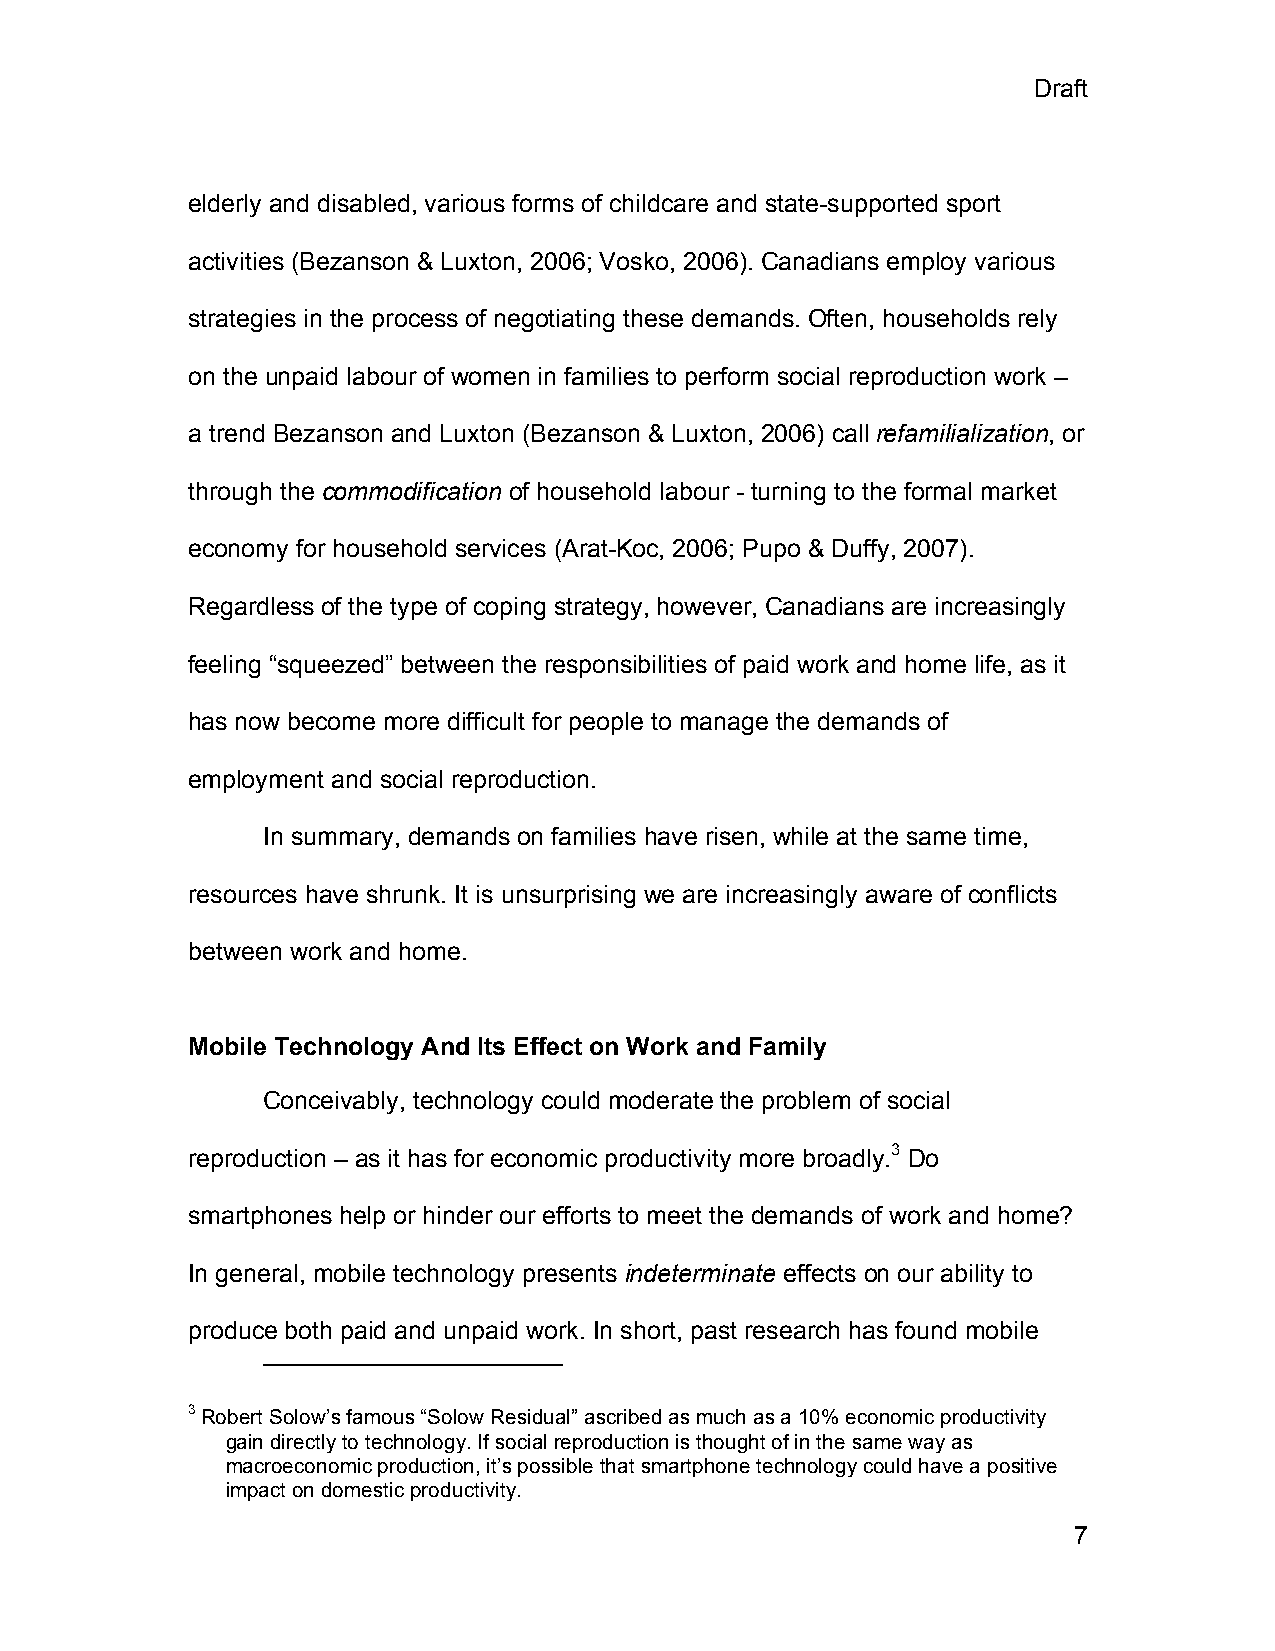
Draft
 elderly and disabled, various forms of childcare and state-supported sport
 activities (Bezanson & Luxton, 2006; Vosko, 2006). Canadians employ various
 strategies in the process of negotiating these demands. Often, households rely
 on the unpaid labour of women in families to perform social reproduction work –
 a trend Bezanson and Luxton (Bezanson & Luxton, 2006) call refamilialization, or
 through the commodification of household labour - turning to the formal market
 economy for household services (Arat-Koc, 2006; Pupo & Duffy, 2007).
 Regardless of the type of coping strategy, however, Canadians are increasingly
 feeling “squeezed” between the responsibilities of paid work and home life, as it
 has now become more difficult for people to manage the demands of
 employment and social reproduction.
 In summary, demands on families have risen, while at the same time,
 resources have shrunk. It is unsurprising we are increasingly aware of conflicts
 between work and home.
 Mobile Technology And Its Effect on Work and Family
 Conceivably, technology could moderate the problem of social
 reproduction – as it has for economic productivity more broadly.3 Do
 smartphones help or hinder our efforts to meet the demands of work and home?
 In general, mobile technology presents indeterminate effects on our ability to
 produce both paid and unpaid work. In short, past research has found mobile
 3 Robert Solow’s famous “Solow Residual” ascribed as much as a 10% economic productivity
 gain directly to technology. If social reproduction is thought of in the same way as
 macroeconomic production, it’s possible that smartphone technology could have a positive
 impact on domestic productivity.
 7